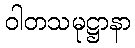
ဝါတသမုဋ္ဌာနာ